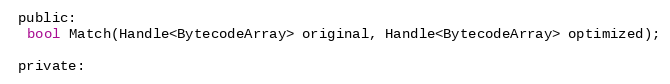
Language: C
 public:
  bool Match(Handle<BytecodeArray> original, Handle<BytecodeArray> optimized);

 private: